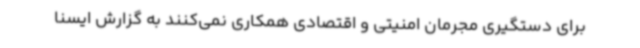
برای دستگیری مجرمان امنیتی و اقتصادی همکاری نمی‌کنند به گزارش ایسنا